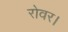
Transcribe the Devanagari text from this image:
रोवर।